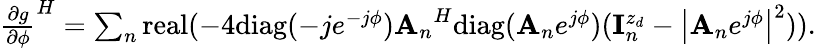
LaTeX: \begin{array}{r}{{\frac{\partial g}{\partial\phi}}^{H}=\sum_{n}\mathrm{real}(-4\mathrm{diag}(-je^{-j\phi}){{\mathbf A}_{n}}^{H}\mathrm{diag}({{\mathbf A}_{n}}e^{j\phi})({\mathbf{I}}_{n}^{z_{d}}-\left|{{\mathbf A}_{n}}e^{j\phi}\right|^{2})).}\end{array}